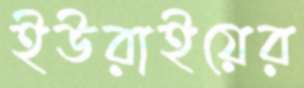
ইউরাইয়ের